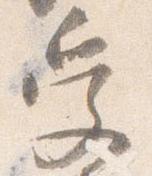
受